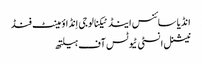
انڈیا سائنس اینڈ ٹیکنالوجی اِنڈاؤمینٹ فنڈ
نیشنل انسٹی ٹیوٹس آف ہیلتھ